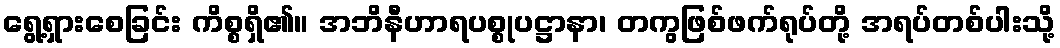
ရွေ့ရှားစေခြင်း ကိစ္စရှိ၏။ အဘိနီဟာရပစ္စုပဋ္ဌာနာ၊ တကွဖြစ်ဖက်ရုပ်တို့ အရပ်တစ်ပါးသို့